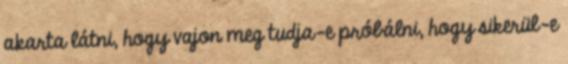
akarta látni, hogy vajon meg tudja-e próbálni, hogy sikerül-e